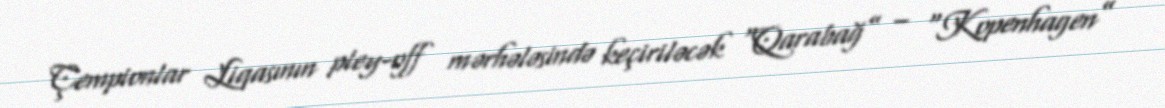
Çempionlar Liqasının pley-off mərhələsində keçiriləcək “Qarabağ” – “Kopenhagen”